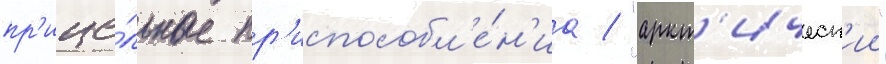
пр'ице́льные пр'испособл'е́н'иа / "аркт'ическ'ии"